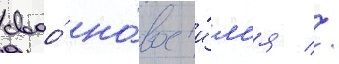
своо́ но́вое и́м'я //